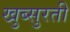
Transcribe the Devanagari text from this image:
खुब्सुरती